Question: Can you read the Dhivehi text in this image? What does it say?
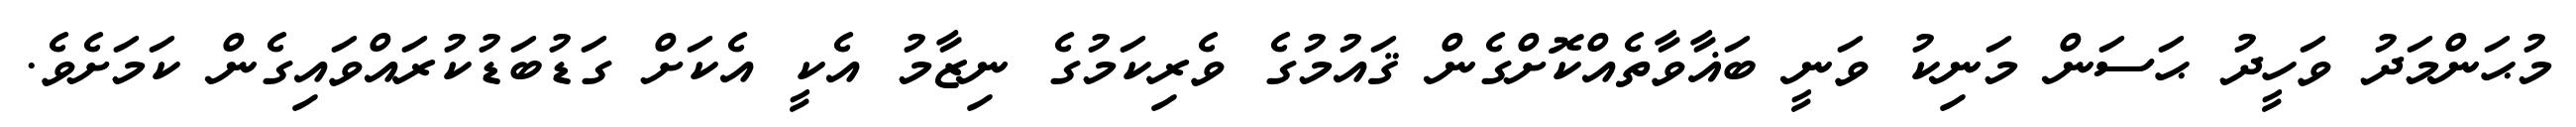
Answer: މުޙަންމަދު ވަހީދު ޙަސަން މަނިކު ވަނީ ބަޣާވާތެއްކޮށްގެން ޤައުމުގެ ވެރިކަމުގެ ނިޒާމު އެކީ އެކަށް ގަޑުބަޑުކުރައްވައިގެން ކަމަށެވެ.